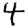
Digit: 4